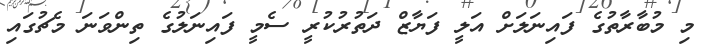
މި މުބާރާތުގެ ފައިނަލަށް އަލީ ފަޔާޒް ދަތުރުކުރީ ސެމީ ފައިނަލުގެ ތިންވަނަ މެޗުގައި